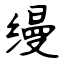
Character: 缦